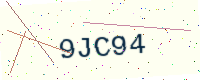
Text: 9JC94